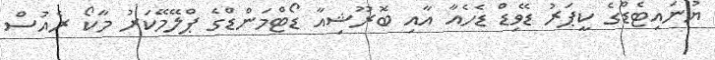
ޔުނައިޓެޑްގެ ކީޕަރު ޑޭވިޑް ޑެހެއާ އާއި ބޮރޫޝިއާ ޑޯޓްމަންޑްގެ ޕްލޭމޭކަރު މާކޯ ރެއުސް